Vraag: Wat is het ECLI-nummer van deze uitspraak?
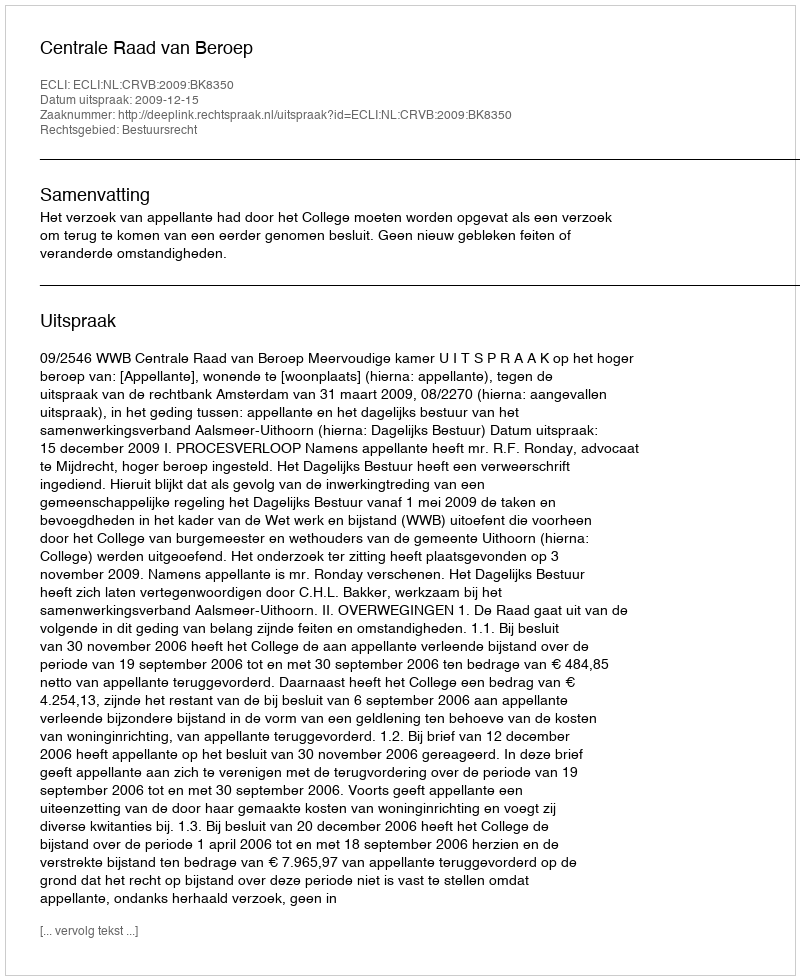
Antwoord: ECLI:NL:CRVB:2009:BK8350